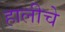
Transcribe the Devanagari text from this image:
हालीचे